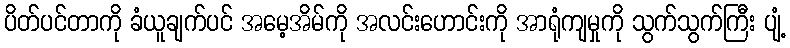
ပိတ်ပင်တာကို ခံယူချက်ပင် အမေ့အိမ်ကို အလင်းဟောင်းကို အာရုံကျမှုကို သွက်သွက်ကြီး ပျံ့